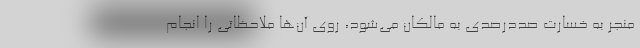
منجر به خسارت صددرصدی به مالکان می‌شود، روی آن‌ها ملاحظاتی را انجام